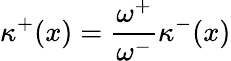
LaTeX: {\kappa^{+}}(x)=\frac{\omega^{+}}{\omega^{-}}\kappa^{-}(x)